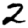
Digit: 2